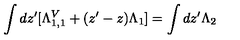
\int d z ^ { \prime } [ \Lambda _ { 1 , 1 } ^ { V } + ( z ^ { \prime } - z ) \Lambda _ { 1 } ] = \int d z ^ { \prime } \Lambda _ { 2 }